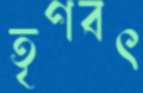
তৃণবৎ